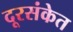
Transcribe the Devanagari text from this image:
दूरसंकेत